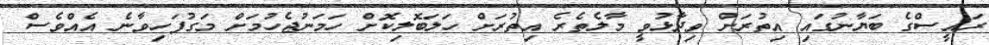
ރައީސްގެ ބަޔާނުގައި އިތުރަށް ވިދާޅުވީ މާލެތެރެ އިތުރަށް ހަލަބޮލިކޮށް ހަމަނުޖެހުމަށް މަގުފަހިވާނެ އެއްވެސް